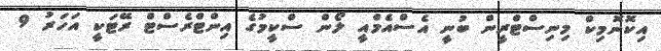
އިކޮނޮމިކް މިނިސްޓްރީން ބުނީ އެސްއެމްއީ ލޯން ސްކީމުގެ އިންޓްރެސްޓް ރޭޓަކީ އަހަރު 9